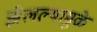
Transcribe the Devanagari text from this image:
झेलल्यामुळे